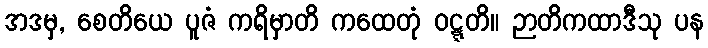
အဒမှ, စေတိယေ ပူဇံ ကရိမှာတိ ကထေတုံ ဝဋ္ဋတိ။ ဉာတိကထာဒီသု ပန